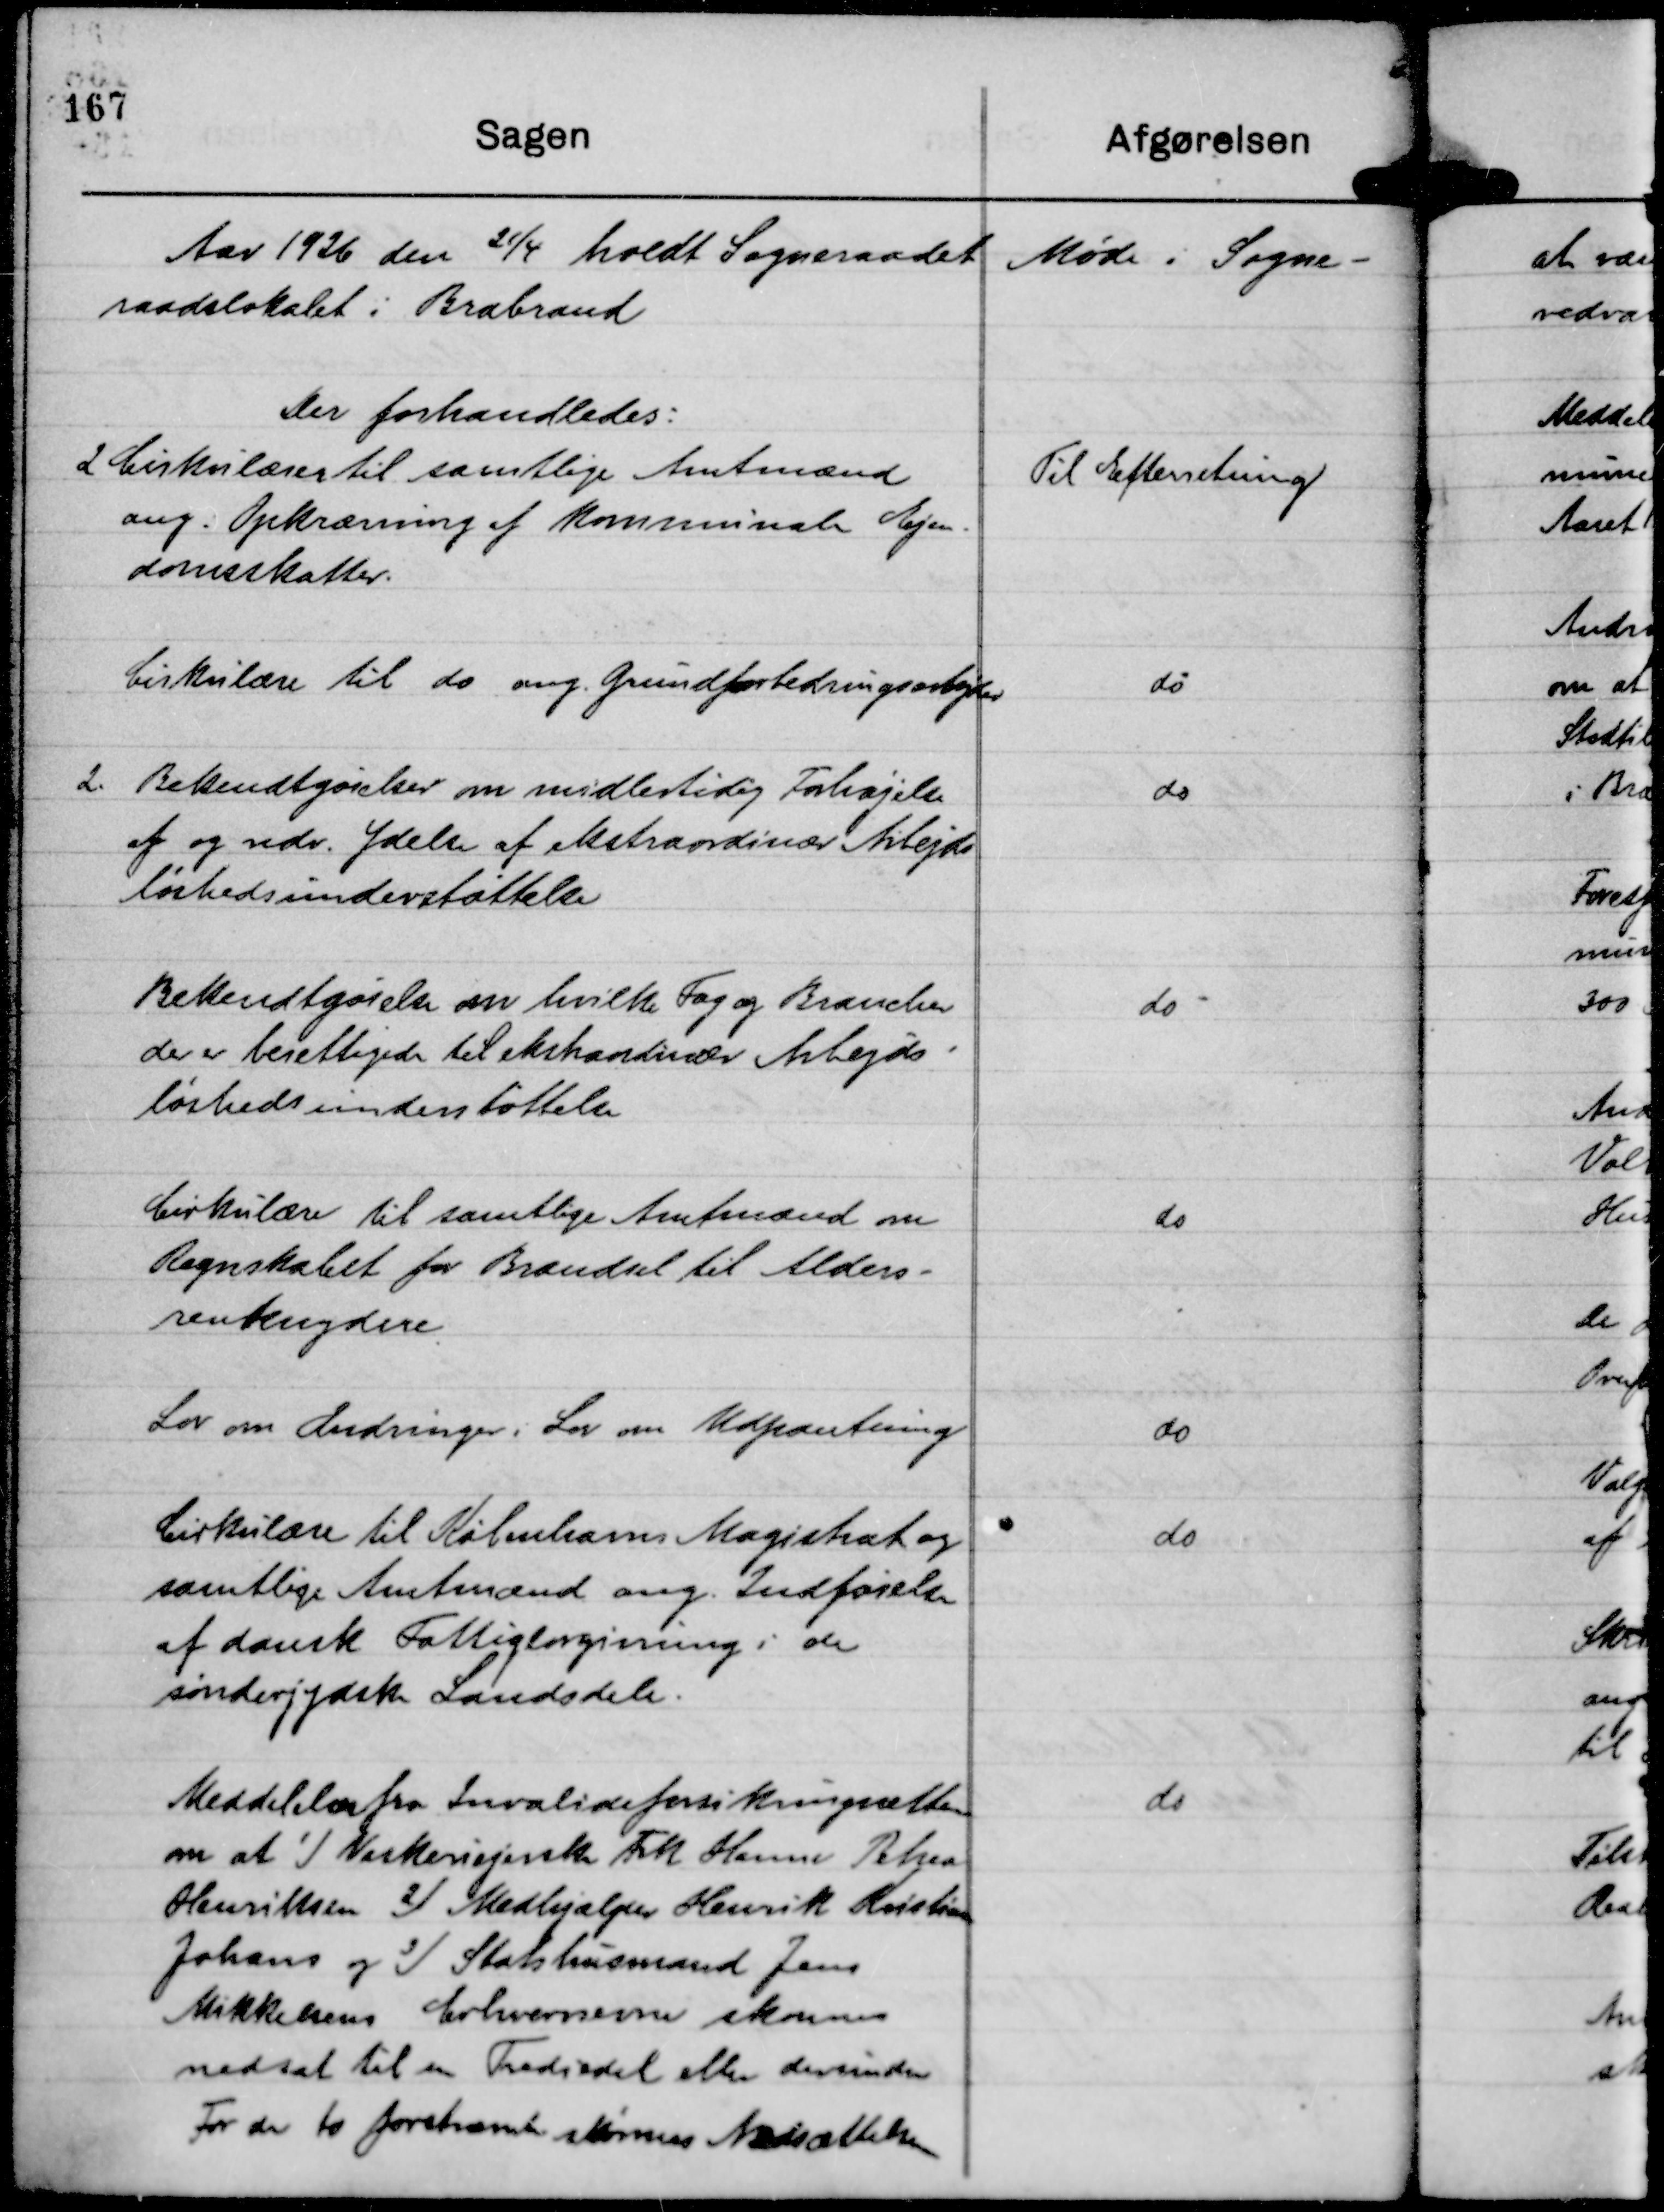
Transskription:
Aar 1926 den 21/4 holdt Sogneraadet Møde i Sogne-
raadslokalet i Brabrand
Der forhandledes:

2 Cirkulærer til samtlige Amtmænd
ang. Opkrævning af kommunale Ejen-
domsskatter.

Til Efterretning

Cirkulære til do ang. Grundforbedringsarbejder

do

2. Bekendtgørelser om midlertidig Forhøjelse
af og vedr. Ydelse af ekstraordinær Arbejds
løshedsunderstøttelse

do

Bekendtgørelse om hvilke Fag og Brancher
der er berettigede til ekstraordinær Arbejds-
løshedsunderstøttelse

do

Cirkulære til samtlige Amtmænd om
Regnskabet for Brændsel til Alders-
rentenydere

do

Lov om Ændringer i Lov om Udpantning

do

Cirkulære til Københavns Magistrat og
samtlige Amtmænd ang. Indførelse
af dansk Fattiglovgivning i de
sønderjydske Landsdele.

do

Meddelelser fra Invalideforsikringsretten
om at
1)
Vaskeriejerske Frk Hanne Petrea
Henriksen 2) Medhjælper Henrik Kristian
Johans og
3)
Statshusmand Jens
Mikkelsens Erhvervsevne skønnes
nedsat til en Trediedel eller derunder
For de to førstnævnte skønnes Nedsættelsen

do